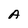
Character: A